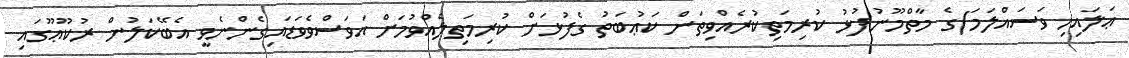
ޢަލައިހި ވަސައްލަމަ)ގެ މާތްމޫނުފުޅު ކުރިމަތިކުރެއްވިތަން ކަޢުބަތު ގެފުޅަށް ކުރިމަތިލެއްވުމަށް އަވަސްވެވަޑައިގެންނެވީ އެބޭކަލުން ރުކޫޢޫގައި